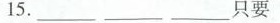
15.__ __ __只要